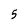
Character: 5